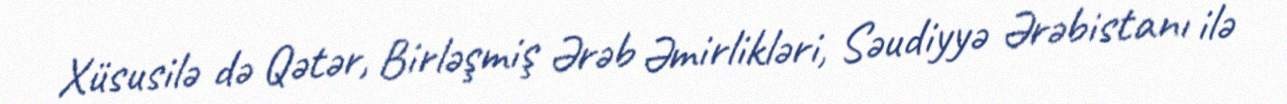
Xüsusilə də Qətər, Birləşmiş Ərəb Əmirlikləri, Səudiyyə Ərəbistanı ilə